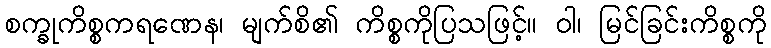
စက္ခုကိစ္စကရဏေန၊ မျက်စိ၏ ကိစ္စကိုပြသဖြင့်။ ဝါ၊ မြင်ခြင်းကိစ္စကို